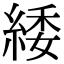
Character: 緌